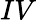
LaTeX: IV